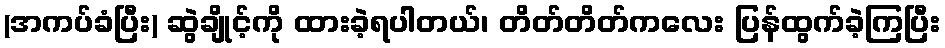
(အကပ်ခံပြီး) ဆွဲချိုင့်ကို ထားခဲ့ရပါတယ်၊ တိတ်တိတ်ကလေး ပြန်ထွက်ခဲ့ကြပြီး